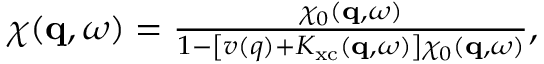
\begin{array} { r } { \chi ( \mathbf { q } , \omega ) = \frac { \chi _ { 0 } ( \mathbf { q } , \omega ) } { 1 - \left[ v ( q ) + K _ { \mathrm { x c } } ( \mathbf { q } , \omega ) \right] \chi _ { 0 } ( \mathbf { q } , \omega ) } , } \end{array}